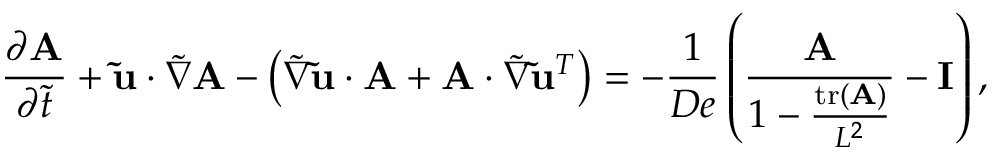
\frac { \partial \mathbf { A } } { \partial \Tilde { t } } + \mathbf { \Tilde { u } } \cdot \boldsymbol { \Tilde { \boldsymbol { \nabla } } } \mathbf { A } - \left( \boldsymbol { \Tilde { \boldsymbol { \nabla } } } \mathbf { \Tilde { u } } \cdot \mathbf { A } + \mathbf { A } \cdot \boldsymbol { \Tilde { \boldsymbol { \nabla } } } \mathbf { \Tilde { u } } ^ { T } \right) = - \frac { 1 } { D e } \left( \frac { \mathbf { A } } { 1 - \frac { \operatorname { t r } ( \mathbf { A } ) } { L ^ { 2 } } } - \mathbf { I } \right) ,